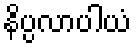
နိပ္ပလာပါယံ